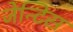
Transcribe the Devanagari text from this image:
जेन्टिस